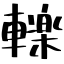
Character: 轢